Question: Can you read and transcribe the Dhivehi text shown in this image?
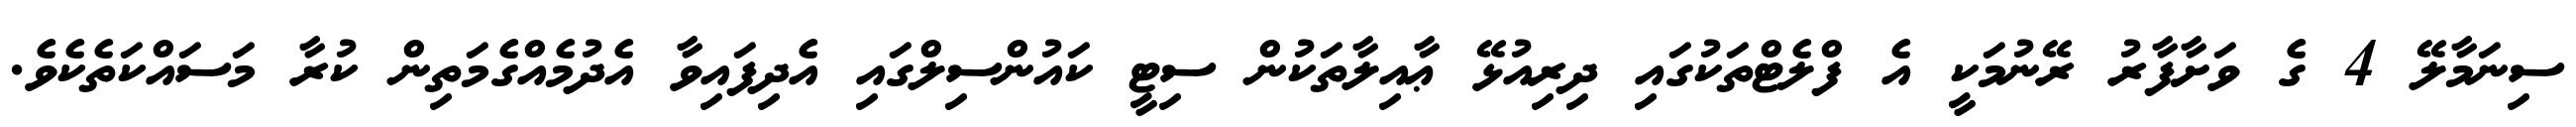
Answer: ސިނަމާލޭ 4 ގެ ވަށާފާރު ރޭނުމަކީ އެ ފްލެޓްތަކުގައި ދިރިއުޅޭ ޢާއިލާތަކުން ސިޓީ ކައުންސިލްގައި އެދިފައިވާ އެދުމެއްގެމަތިން ކުރާ މަސައްކަތެކެވެ.